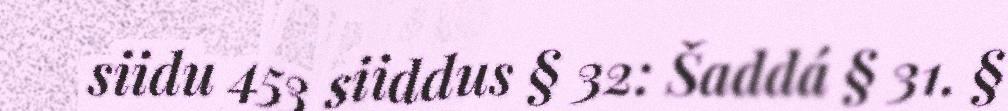
siidu 453 siiddus § 32: Šaddá § 31. §